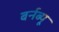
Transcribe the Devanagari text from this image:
बर्नब्यू